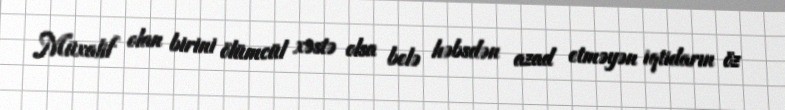
Müxalif olan birini ölümcül xəstə olsa belə həbsdən azad etməyən iqtidarın öz